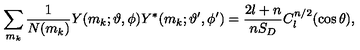
\sum _ { m _ { k } } \frac { 1 } { N ( m _ { k } ) } Y ( m _ { k } ; \vartheta , \phi ) Y ^ { * } ( m _ { k } ; \vartheta ^ { \prime } , \phi ^ { \prime } ) = \frac { 2 l + n } { n S _ { D } } C _ { l } ^ { n / 2 } ( \cos \theta ) ,